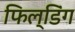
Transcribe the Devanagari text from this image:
फिल्डिंग